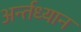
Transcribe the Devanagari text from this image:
अर्न्‍तध्‍यान